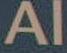
Al